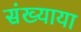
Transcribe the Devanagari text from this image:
संख्याया